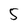
Character: 5